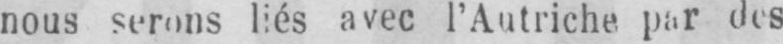
nous serons liés avec l’Autriche par des